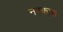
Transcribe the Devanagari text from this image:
नरकास